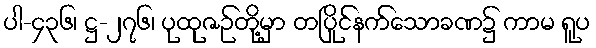
ပါ-၄၃၆၊ ဋ္ဌ-၂၇၆၊ ပုထုဇဉ်တို့မှာ တပြိုင်နက်သောခဏ၌ ကာမ ရူပ